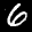
Label: 6